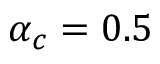
\alpha _ { c } = 0 . 5